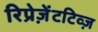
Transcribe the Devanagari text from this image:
रिप्रेज़ेंटटिव्ज़